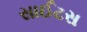
સાઈટસ